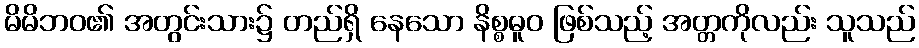
မိမိဘဝ၏ အတွင်းသား၌ တည်ရှိ နေသော နိစ္စဓူဝ ဖြစ်သည့် အတ္တကိုလည်း သူသည်